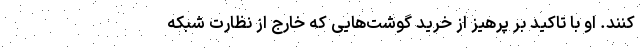
کنند. او با تاکید بر پرهیز از خرید گوشت‌هایی که خارج از نظارت شبکه